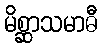
မိစ္ဆာသမာဓီ